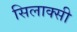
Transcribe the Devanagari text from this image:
सिलाक्सी